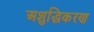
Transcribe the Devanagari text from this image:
अशुद्धिकरण